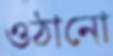
ওঠানো